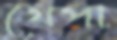
খেপা